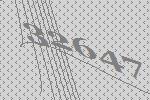
32647